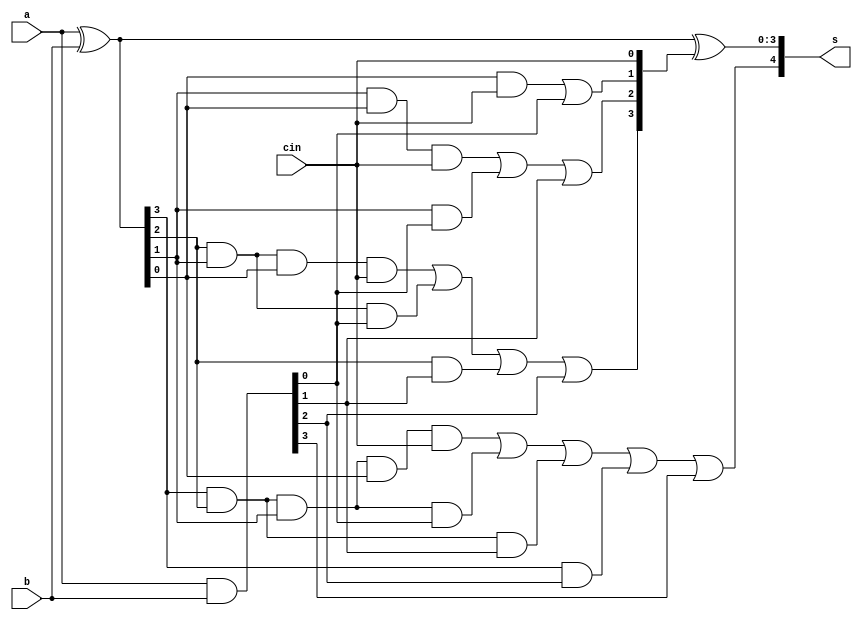
module cla_adder_df(input [3:0]a, b, input cin, output [4:0]s); 
  wire [3:0] p, g, c;  
  assign g= a&b; 
  assign p= a^b; 
  assign c[0]= cin; 
  assign c[1] = (p[0]&c[0]) | g[0]; 
  assign c[2] = (p[1]&p[0]&c[0]) | (p[1]&g[0]) | g[1]; 
  assign c[3]= (p[2]&p[1]&p[0]&c[0]) | (p[2]&p[1]&g[0]) | (p[2]&g[1]) | g[2]; 
  assign s[3:0]=p^c; 
  assign s[4]= (p[3]&p[2]&p[1]&p[0]&c[0]) | (p[3]&p[2]&p[1]&g[0]) |
                         (p[3]&p[2]&g[1]) | (p[3]&g[2]) | g[3]; 
endmodule